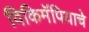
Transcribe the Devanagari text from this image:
विकिमॅपियाचे